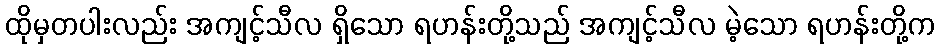
ထိုမှတပါးလည်း အကျင့်သီလ ရှိသော ရဟန်းတို့သည် အကျင့်သီလ မဲ့သော ရဟန်းတို့က